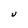
Character: U